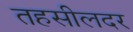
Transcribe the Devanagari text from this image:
तहसीलदर